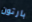
بارتون